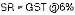
SR - GST @6%